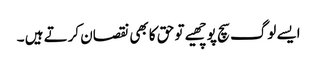
ایسے لوگ سچ پوچھیے تو حق کا بھی نقصان کرتے ہیں ۔